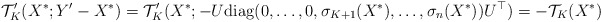
\begin{align*}\mathcal{T}_K'(X^*;Y'-X^*)=\mathcal{T}_K'(X^*;-U\mathrm{diag}(0,\ldots,0,\sigma_{K+1}(X^*),\ldots,\sigma_n(X^*))U^\top)=-\mathcal{T}_K(X^*)\end{align*}